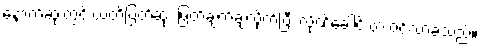
နောက်ဆုံးတွင် ယတိပြတ်ဆုံး ဖြတ်ချက်ချလိုက်ပြီး လိုဏ်ခေါင်းထဲ ဝင်လာခဲ့သည်။